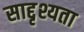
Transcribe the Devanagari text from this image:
साद्दृश्यता